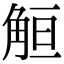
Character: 䚙